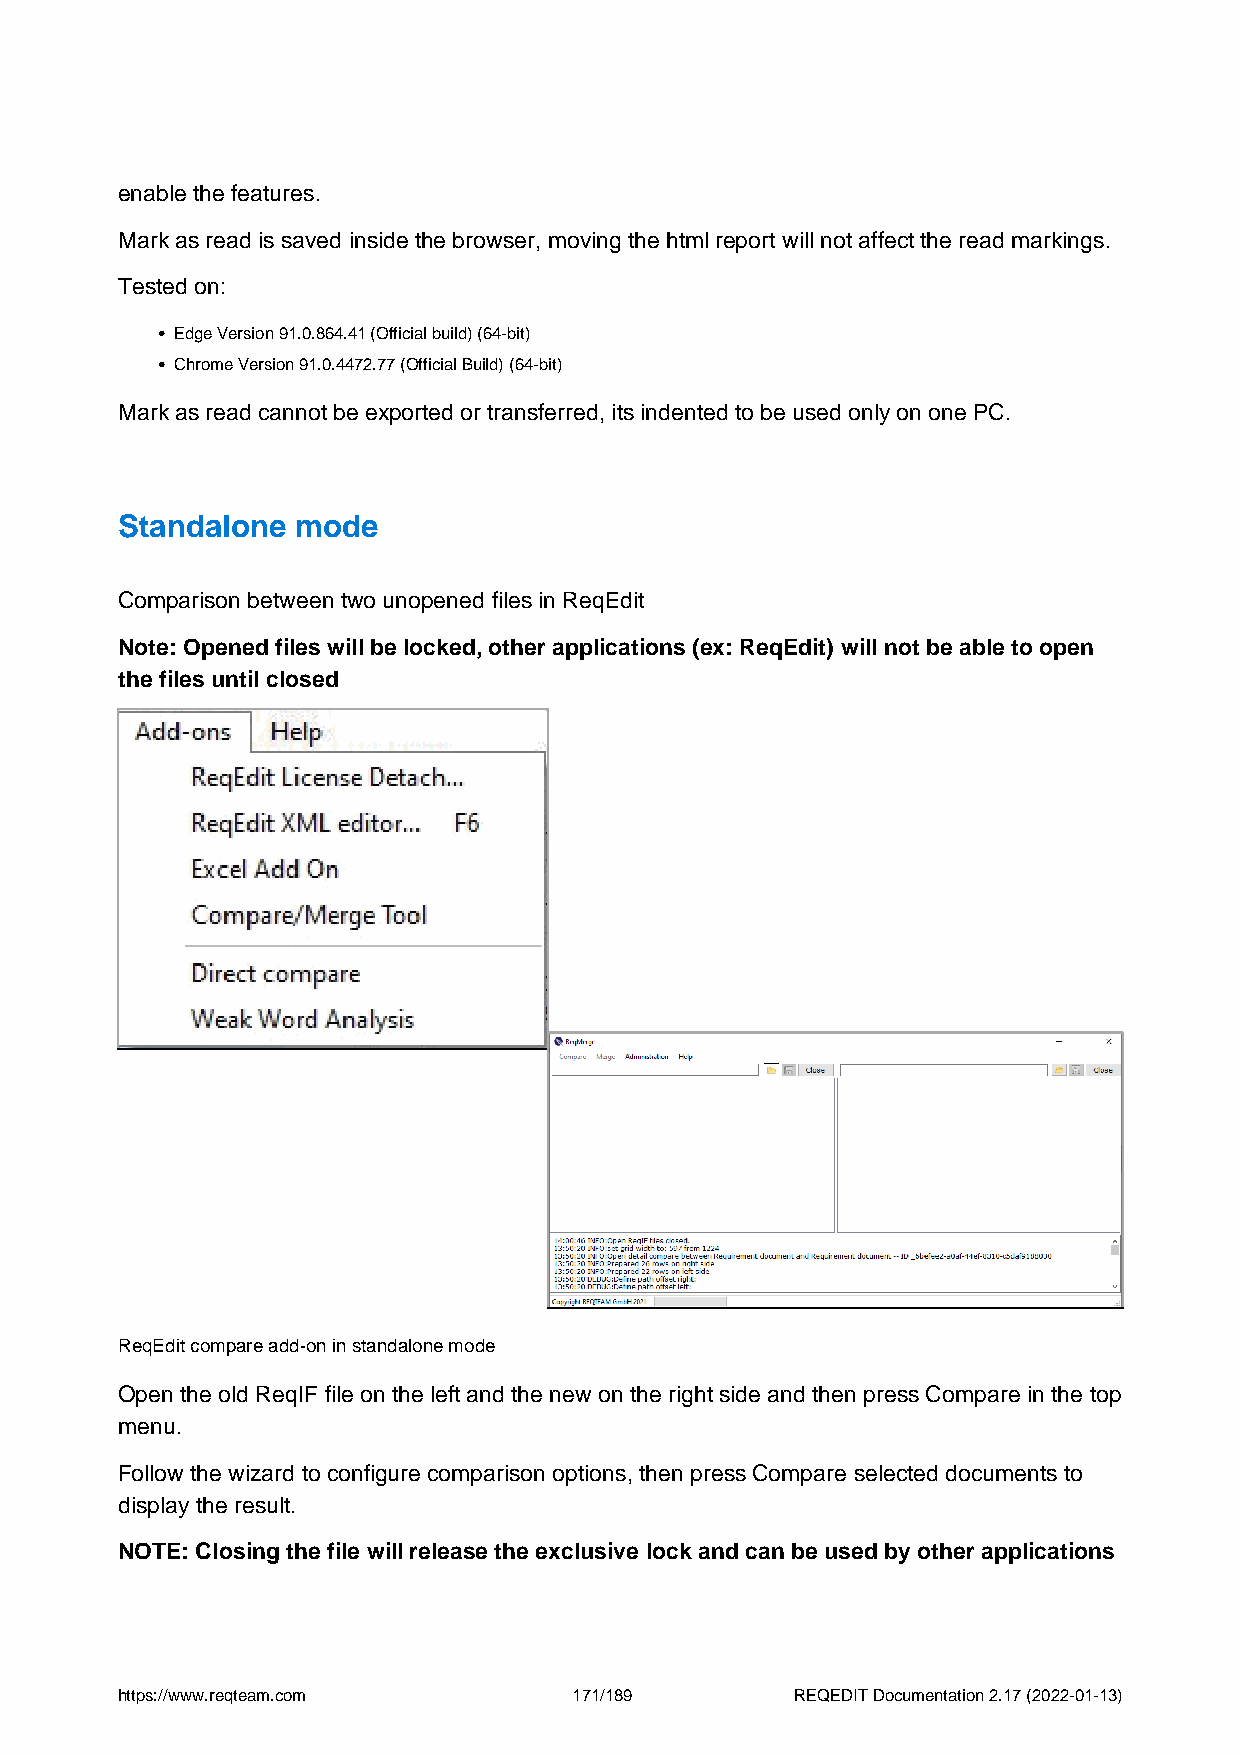
enable the features.
 Mark as read is saved inside the browser, moving the html report will not affect the read markings.
 Tested on:
 Edge Version 91.0.864.41 (Official build) (64-bit)
 Chrome Version 91.0.4472.77 (Official Build) (64-bit)
 Mark as read cannot be exported or transferred, its indented to be used only on one PC.
 Standalone  mode
 Comparison between two unopened files in ReqEdit
 Note: Opened files will be locked, other applications (ex: ReqEdit) will not be able to open
 the files until closed
 ReqEdit compare add-on in standalone mode
 Open the old ReqIF file on the left and the new on the right side and then press Compare in the top
 menu.
 Follow the wizard to configure comparison options, then press Compare selected documents to
 display the result.
 NOTE: Closing the file will release the exclusive lock and can be used by other applications
 https://www.reqteam.com       171/189        REQEDIT Documentation 2.17 (2022-01-13)